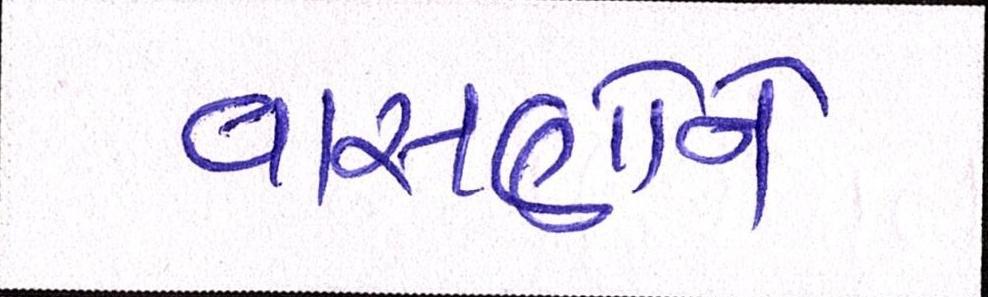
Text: વાસણોને